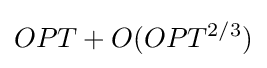
OPT+O(OPT^{2/3})